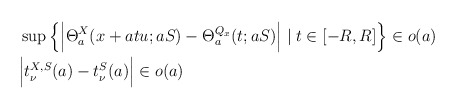
\begin{align*}&\sup\Big\{\Big|\Theta^X_a(x+atu;aS)-\Theta^{Q_x}_a(t;aS)\Big|\mid t\in [-R,R] \Big\} \in o(a)\\&\Big|t_\nu^{X,S}(a)-t_\nu^S(a)\Big| \in o(a)\end{align*}